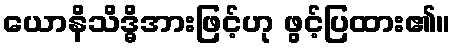
ယောနိသိဒ္ဓိအားဖြင့်ဟု ဖွင့်ပြထား၏။